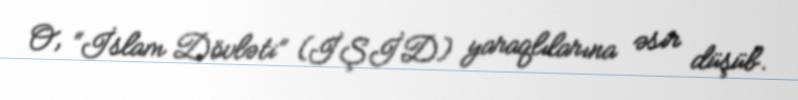
O, “İslam Dövləti” (İŞİD) yaraqlılarına əsir düşüb.